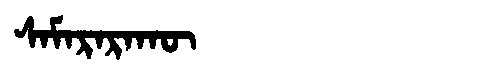
Manchu: ᠰᠠᠮᠠᡵᠠᡵᠠᡴᡡ
Romanization: SAMARARAKŪ